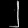
Digit: ၂